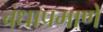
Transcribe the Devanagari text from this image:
बंधाप्रमाणे